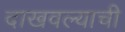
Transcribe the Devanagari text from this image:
दाखवल्याची